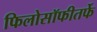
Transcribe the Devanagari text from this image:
फिलोसॉफीतर्फे